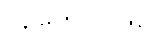
အဖော်အဖြစ်